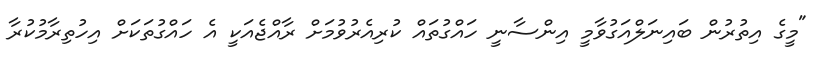
"މީގެ އިތުރުން ބައިނަލްއަގުވާމީ އިންސާނީ ހައްގުތައް ކުރިއެރުވުމަށް ރާއްޖެއަކީ އެ ހައްގުތަކަށް އިހުތިރާމުކުރާ